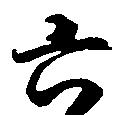
六